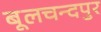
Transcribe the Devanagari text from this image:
बूलचन्दपुर